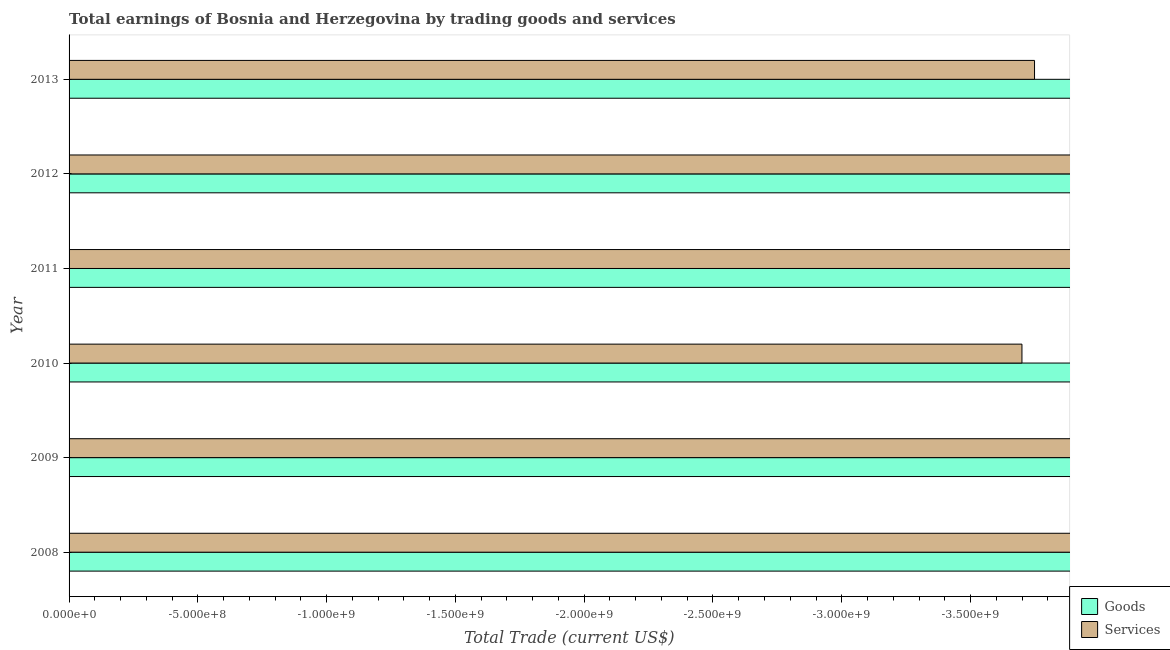
| Year | Goods | Services |
 | --- | --- | --- |
 | 2008 | -7.88e+09 | -6.23e+09 |
 | 2009 | -5.44e+09 | -4.19e+09 |
 | 2010 | -5.02e+09 | -3.7e+09 |
 | 2011 | -5.75e+09 | -4.44e+09 |
 | 2012 | -5.25e+09 | -4.07e+09 |
 | 2013 | -4.97e+09 | -3.75e+09 |